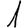
Digit: 1